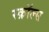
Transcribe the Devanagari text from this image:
स्क्रॉल्स